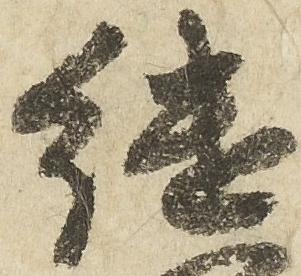
継